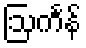
ဩင်္ကန်